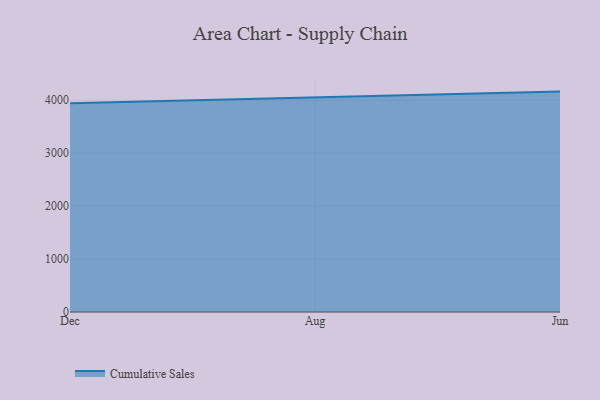
{"axis": {"x": "Month", "y": "Revenue (USD Million)"}, "legend": ["Cumulative Sales"], "data": [{"x": "Dec", "y": 3944.2, "type": "Cumulative Sales"}, {"x": "Aug", "y": 4053.4, "type": "Cumulative Sales"}, {"x": "Jun", "y": 4163.9, "type": "Cumulative Sales"}]}